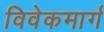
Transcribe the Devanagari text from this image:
विवेकमार्ग